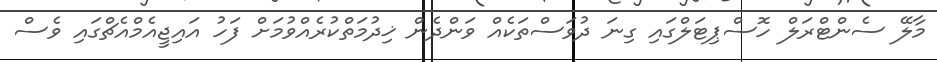
މާލޭ ސެންޓްރަލް ހޮސްޕިޓަލްގައި ގިނަ ދުވަސްތަކެއް ވަންދެން ޚިދުމަތްކުރެއްވުމަށް ފަހު އައިޖީއެމްއެޗްގައި ވެސް